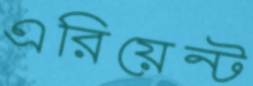
এরিয়েন্ট